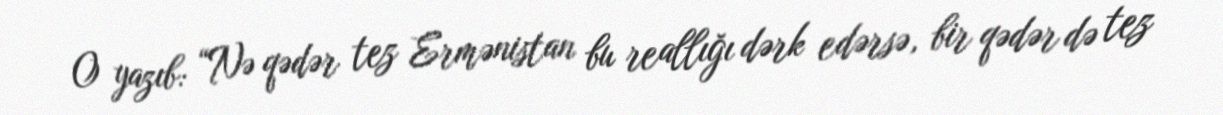
O yazıb: “Nə qədər tez Ermənistan bu reallığı dərk edərsə, bir qədər də tez